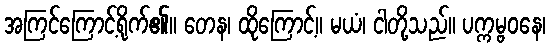
အကြင်ကြောင့်ရိုက်၏။ တေန၊ ထိုကြောင့်။ မယံ၊ ငါတို့သည်။ ပက္ကမ္ဗဝနေ၊